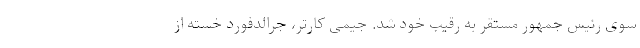
سوی رئیس جمهور مستقر به رقیب خود شد. جیمی کارتر، جرالدفورد خسته از